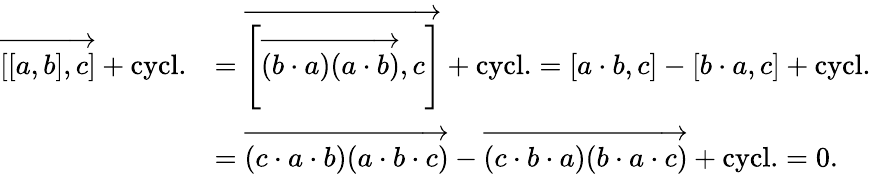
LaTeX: \begin{array}{rl}{\overrightarrow{[[a,b],c]}+\mathrm{cycl.}}&{=\overrightarrow{\left[\overrightarrow{(b\cdot a)(a\cdot b)},c\right]}+\mathrm{cycl.}=[a\cdot b,c]-[b\cdot a,c]+\mathrm{cycl.}}\\ &{=\overrightarrow{(c\cdot a\cdot b)(a\cdot b\cdot c)}-\overrightarrow{(c\cdot b\cdot a)(b\cdot a\cdot c)}+\mathrm{cycl.}=0.}\end{array}